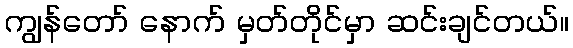
ကျွန်တော် နောက် မှတ်တိုင်မှာ ဆင်းချင်တယ်။